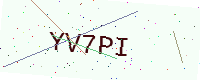
Text: YV7PI